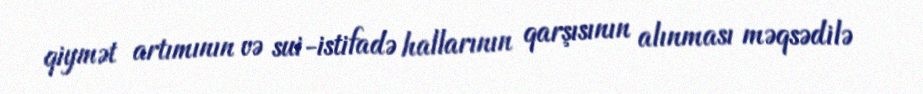
qiymət artımının və sui-istifadə hallarının qarşısının alınması məqsədilə